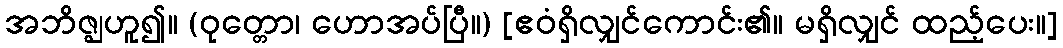
အဘိဇ္ဈဟူ၍။ (ဝုတ္တော၊ ဟောအပ်ပြီ။) [ဧဝံရှိလျှင်ကောင်း၏။ မရှိလျှင် ထည့်ပေး။]